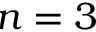
n = 3